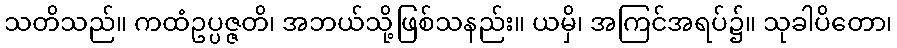
သတိသည်။ ကထံဥပ္ပဇ္ဇတိ၊ အဘယ်သို့ဖြစ်သနည်း။ ယမှိ၊ အကြင်အရပ်၌။ သုခါပိတော၊